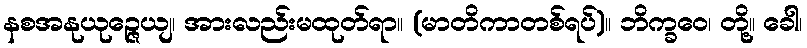
နစအနုယုဉ္ဇေယျ၊ အားလည်းမထုတ်ရာ။ (မာတိကာတစ်ရပ်)။ ဘိက္ခဝေ၊ တို့။ ခေါ၊